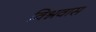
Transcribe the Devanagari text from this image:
विश्नवास